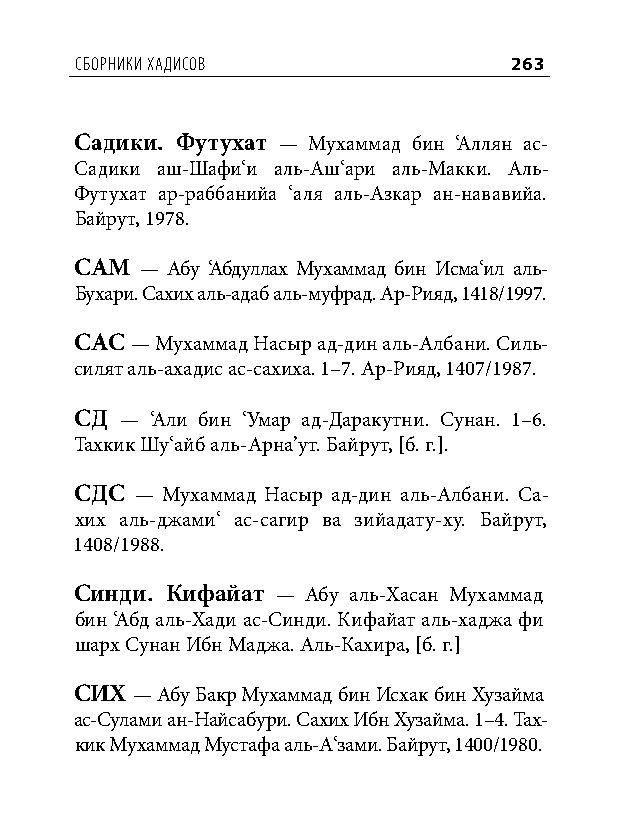
сборниКи хадисов             263
 Садики. Футухат — Мухаммад бин ‘Аллян ас-
 Садики аш-Шафи‘и аль-Аш‘ари аль-Макки. Аль-
 Футухат ар-раббанийа ‘аля аль-Азкар ан-нававийа.
 Байрут, 1978.
 САМ — Абу ‘Абдуллах Мухаммад бин Исма‘ил аль-
 Бухари. Сахих аль-адаб аль-муфрад. Ар-Рияд, 1418/1997.
 САС — Мухаммад Насыр ад-дин аль-Албани. Силь-
 силят аль-ахадис ас-сахиха. 1–7. Ар-Рияд, 1407/1987.
 СД — ‘Али бин ‘Умар ад-Даракутни. Сунан. 1–6.
 Тахкик Шу‘айб аль-Арна’ут. Байрут, [б. г.].
 СДС — Мухаммад Насыр ад-дин аль-Албани. Са-
 хих аль-джами‘ ас-сагир ва зийадату-ху. Байрут,
 1408/1988.
 Синди. Кифайат — Абу аль-Хасан Мухаммад
 бин ‘Абд аль-Хади ас-Синди. Кифайат аль-хаджа фи
 шарх Сунан Ибн Маджа. Аль-Кахира, [б. г.]
 СИХ — Абу Бакр Мухаммад бин Исхак бин Хузайма
 ас-Сулами ан-Найсабури. Сахих Ибн Хузайма. 1–4. Тах-
 кик Мухаммад Мустафа аль-А‘зами. Байрут, 1400/1980.